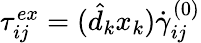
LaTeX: \begin{array}{r}{\tau_{ij}^{ex}=(\hat{d}_{k}x_{k})\dot{\gamma}_{ij}^{(0)}}\end{array}